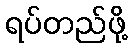
ရပ်တည်ဖို့